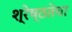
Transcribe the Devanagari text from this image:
श्रेष्ठतेचा